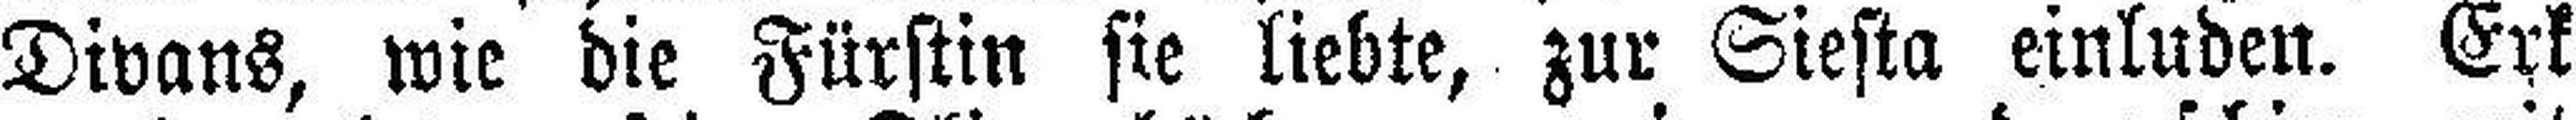
Divans, wie die Fürstin sie liebte, zur Siesta einluden. Erk